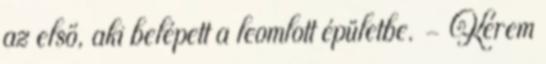
az első, aki belépett a leomlott épületbe. - Kérem